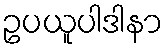
ဥပယူပါဒါနာ